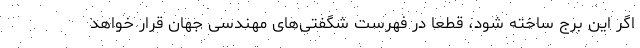
اگر این برج ساخته شود، قطعاً در فهرست شگفتی‌های مهندسی جهان قرار خواهد